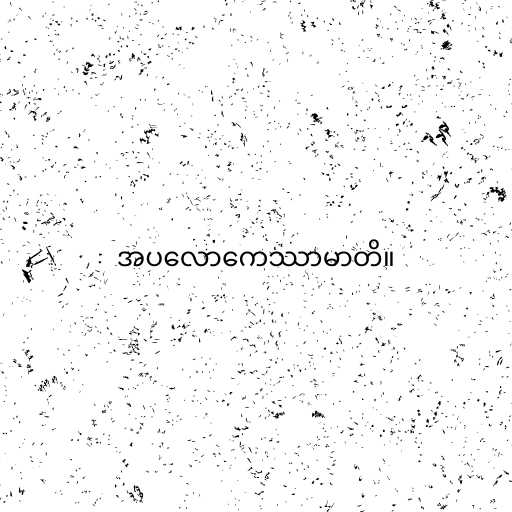
အပလောကေဿာမာတိ။